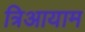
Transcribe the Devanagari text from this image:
त्रिआयाम